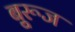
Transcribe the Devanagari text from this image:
बुूरूज